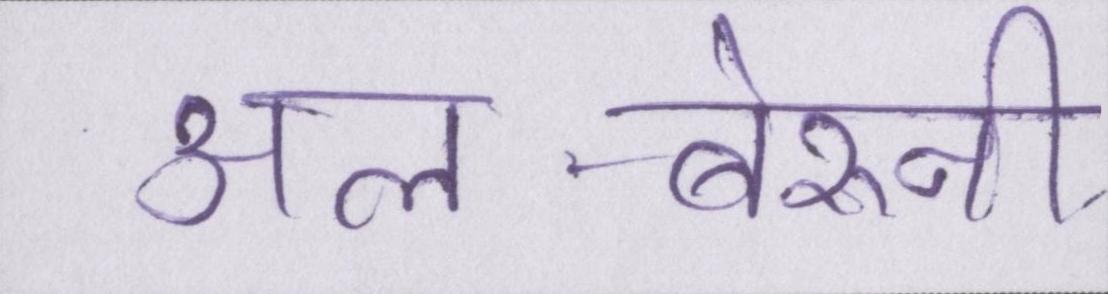
अल-बेरुनी